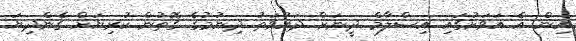
އިން އެ އަވަށުގައި އިސްލާމް ދީނަށް ދައުވަތު ދިނުމުގެ ގޮތުން ކުރިޔަށް ގެންދިޔަ